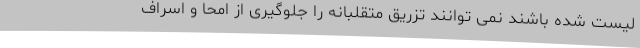
لیست شده باشند نمی توانند تزریق متقلبانه را جلوگیری از امحا و اسراف